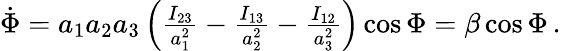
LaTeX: \begin{array}{r}{\dot{\Phi}=a_{1}a_{2}a_{3}\left(\frac{I_{23}}{a_{1}^{2}}-\frac{I_{13}}{a_{2}^{2}}-\frac{I_{12}}{a_{3}^{2}}\right)\cos\Phi=\beta\cos\Phi\mathrm{\, .}}\end{array}